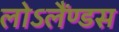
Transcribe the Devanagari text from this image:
लोऽलैंण्डस